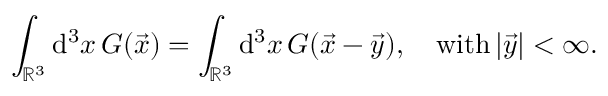
\int _ { \mathbb { R } ^ { 3 } } \mathrm { d } ^ { 3 } x \, G ( \vec { x } ) = \int _ { \mathbb { R } ^ { 3 } } \mathrm { d } ^ { 3 } x \, G ( \vec { x } - \vec { y } ) , \quad \mathrm { w i t h } \, | \vec { y } | < \infty .